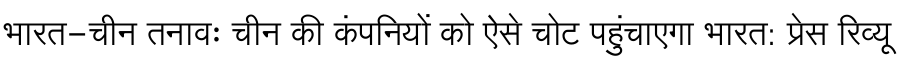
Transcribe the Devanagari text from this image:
भारत-चीन तनावः चीन की कंपनियों को ऐसे चोट पहुंचाएगा भारत: प्रेस रिव्यू